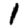
Digit: 1